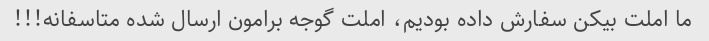
ما املت بیکن سفارش داده بودیم، املت گوجه برامون ارسال شده متاسفانه!!!